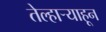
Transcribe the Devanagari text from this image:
तेल्हाऱ्याहून